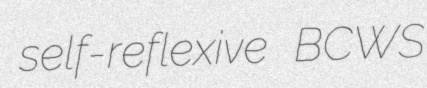
self-reflexive BCWS